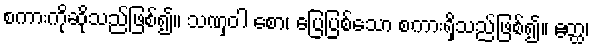
စကားကိုဆိုသည်ဖြစ်၍။ သဏှဝါ စော၊ ပြေပြစ်သော စကားရှိသည်ဖြစ်၍။ ဧတ္ထ၊